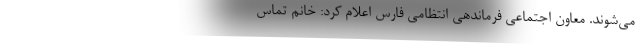
می‌شوند. معاون اجتماعی فرماندهی انتظامی فارس اعلام کرد: خانم تماس